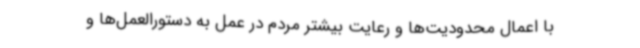
با اعمال محدودیت‌ها و رعایت بیشتر مردم در عمل به دستورالعمل‌ها و